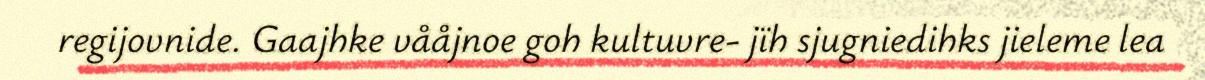
regijovnide. Gaajhke vååjnoe goh kultuvre- jïh sjugniedihks jieleme lea